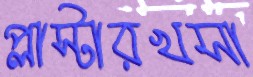
প্লাস্টারখসা